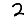
Digit: 2